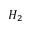
H _ { 2 }